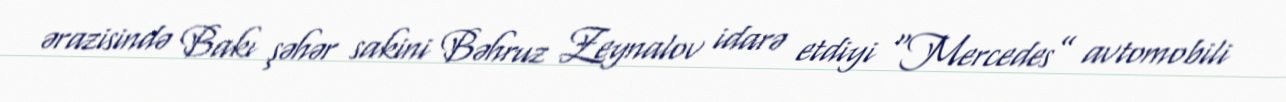
ərazisində Bakı şəhər sakini Bəhruz Zeynalov idarə etdiyi “Mercedes” avtomobili